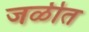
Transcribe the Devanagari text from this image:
जळीत